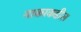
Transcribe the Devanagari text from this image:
नाकाकडील